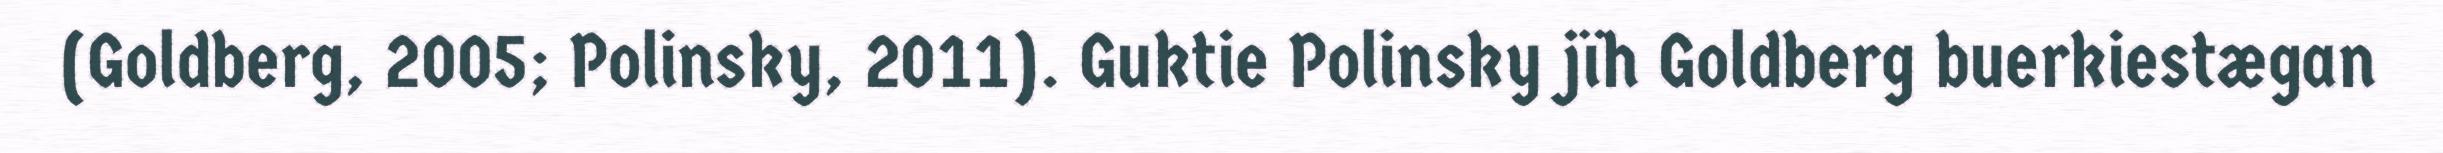
(Goldberg, 2005; Polinsky, 2011). Guktie Polinsky jïh Goldberg buerkiestægan